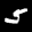
Digit: 5